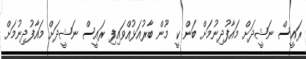
ރައީސް ނަޝީދަށް މައާފުދިނުމަށް ބަން ކީ މޫން ބާރުއަޅުއްވައިފި ރައީސް ނަޝީދަށް މައާފުދިނުމަށް